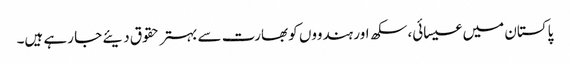
پاکستان میں عیسائی، سکھ اور ہندووں کو بھارت سے بہتر حقوق دیئے جا رہے ہیں۔